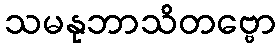
သမနုဘာသိတဗ္ဗော